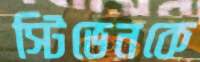
স্টিভেনকে